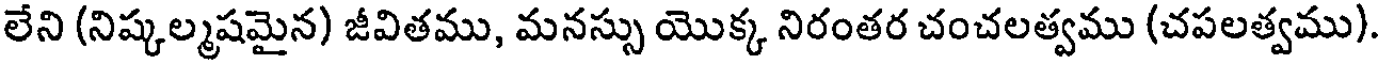
లేని (నిష్కల్మషమైన) జీవితము, మనస్సు యొక్క నిరంతర చంచలత్వము (చపలత్వము)